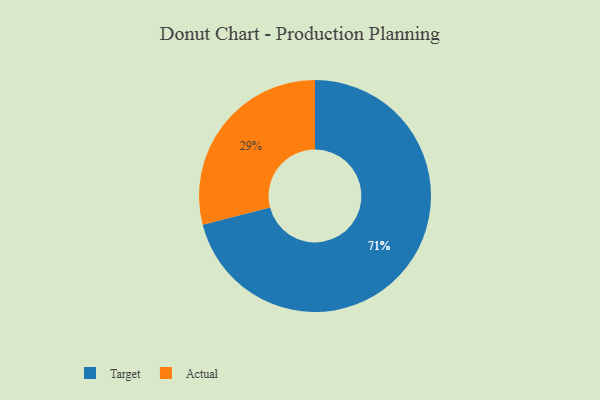
{"axis": {"x": "Category", "y": "Percentage"}, "legend": ["Actual", "Target"], "data": [{"x": "Target", "y": 71, "type": "Target"}, {"x": "Actual", "y": 29, "type": "Actual"}]}